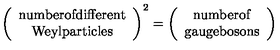
\left( \begin{array} { c } { \mathrm { { \small n u m b e r o f d i f f e r e n t } } } \\ { \mathrm { { \small W e y l p a r t i c l e s } } } \\ \end{array} \right) ^ { 2 } = \left( \begin{array} { c } { \mathrm { { \small n u m b e r o f } } } \\ { \mathrm { { \small g a u g e b o s o n s } } } \\ \end{array} \right)